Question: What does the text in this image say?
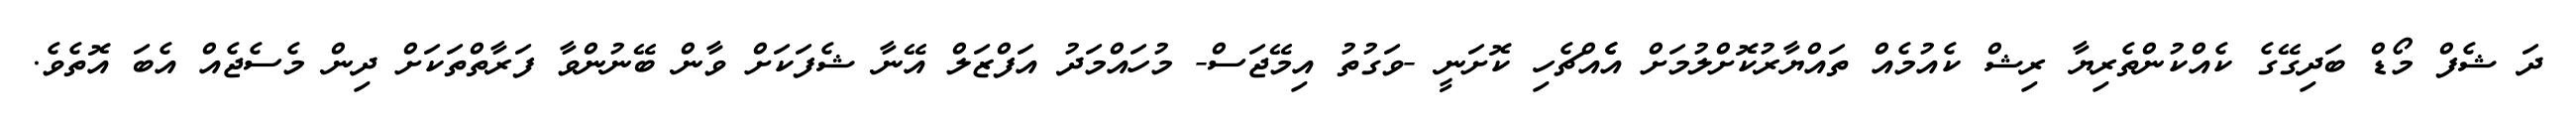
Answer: ދަ ޝެފް މޯޑް ބަދިގޭގެ ކެއްކުންތެރިޔާ ރިޝް ކެއުމެއް ތައްޔާރުކޮށްލުމަށް އެެއްޗެހި ކޮށަނީ -ވަގުތު އިމޭޖަސް- މުހައްމަދު އަފްޒަލް އޭނާ ޝެފަކަށް ވާން ބޭނުންވާ ފަރާތްތަކަށް ދިން މެސެޖެއް އެބަ އޮތެވެ.